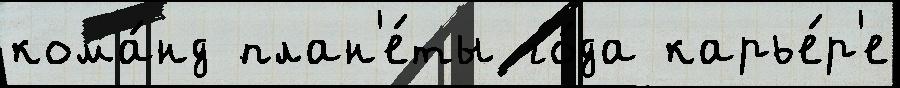
кома́нд план'е́ты го́да карье́р'е